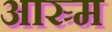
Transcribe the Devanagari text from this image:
आस्र्म